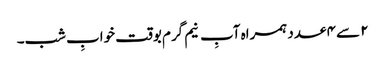
۲ سے ۴ عدد ہمراہ آبِ نیم گرم بوقت خوابِ شب۔